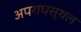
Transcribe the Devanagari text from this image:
अपराधस्थल